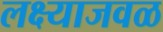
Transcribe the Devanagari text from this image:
लक्ष्याजवळ